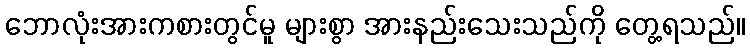
ဘောလုံးအားကစားတွင်မူ များစွာ အားနည်းသေးသည်ကို တွေ့ရသည်။